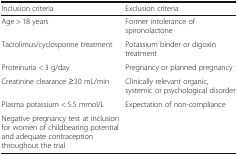
<table><thead><tr><td><b>Inclusion criteria</b></td><td><b>Exclusion criteria</b></td></tr></thead><tbody><tr><td>Age &gt; 18 years</td><td>Former intolerance of spironolactone</td></tr><tr><td>Tacrolimus/cyclosporine treatment</td><td>Potassium binder or digoxin treatment</td></tr><tr><td>Proteinuria &lt; 3 g/day</td><td>Pregnancy or planned pregnancy</td></tr><tr><td>Creatinine clearance ≥30 mL/min</td><td>Clinically relevant organic, systemic or psychological disorder</td></tr><tr><td>Plasma potassium &lt; 5.5 mmol/L</td><td>Expectation of non-compliance</td></tr><tr><td>Negative pregnancy test at inclusion for women of childbearing potential and adequate contraception throughout the trial</td><td></td></tr></tbody></table>